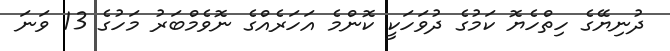
ދުނިޔޭގެ ހިތްހެޔޮ ކަމުގެ ދުވަހަކީ ކޮންމެ އަހަރެއްގެ ނޮވެމްބަރު މަހުގެ 13 ވަނަ